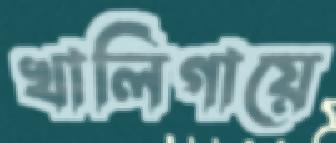
খালিগায়ে